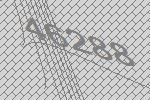
46288